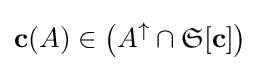
\mathbf {c} (A)\in \left(A^{\uparrow }\cap {\mathfrak {S}}[\mathbf {c} ]\right)